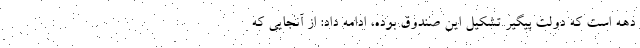
دهه است که دولت پیگیر تشکیل این صندوق بوده، ادامه داد: از آنجایی که